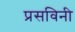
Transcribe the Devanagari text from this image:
प्रसविनी